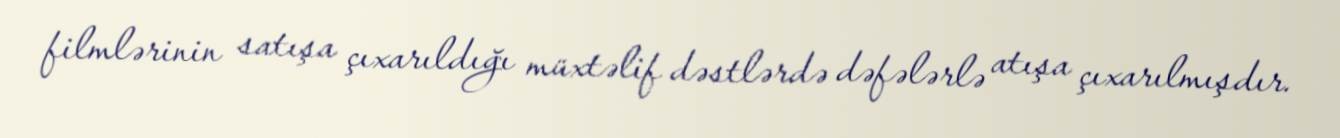
filmlərinin satışa çıxarıldığı müxtəlif dəstlərdə dəfələrlə atışa çıxarılmışdır.